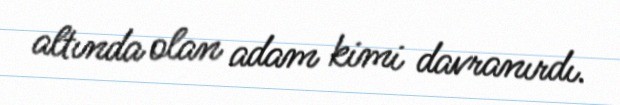
altında olan adam kimi davranırdı.